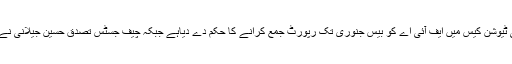
2014ء)سپریم کورٹ نے ایمپلائزاولڈ ایج بینیفٹس انسٹی ٹیوشن کیس میں ایف آئی اے کو بیس جنوری تک رپورٹ جمع کرانے کا حکم دے دیاہے جبکہ چیف جسٹس تصدق حسین جیلانی نے کہا ہے کہ سمجھ نہیں آتی کہ مقدمہ اتناکیوں لٹکایا گیا۔